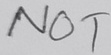
Text: NOT